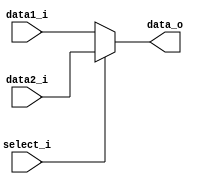
module MUX32(
    data1_i,
    data2_i,
    select_i,
    data_o
);

input [31:0] data1_i;
input [31:0] data2_i;
input select_i;
output [31:0] data_o;
reg [31:0] data_o;

always @*
    if (select_i)
        data_o <= data2_i;
    else
        data_o <= data1_i;

endmodule